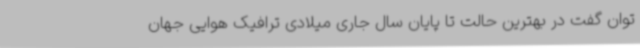
توان گفت در بهترین حالت تا پایان سال جاری میلادی ترافیک هوایی جهان